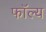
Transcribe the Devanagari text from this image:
फॉल्य